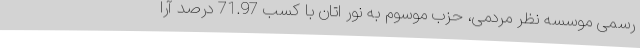
رسمی موسسه نظر مردمی، حزب موسوم به نور اتان با کسب 71.97 درصد آرا